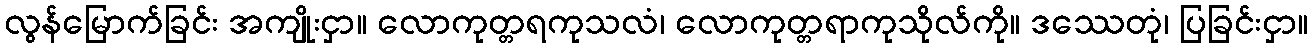
လွန်မြောက်ခြင်း အကျိုးငှာ။ လောကုတ္တရကုသလံ၊ လောကုတ္တရာကုသိုလ်ကို။ ဒဿေတုံ၊ ပြခြင်းငှာ။